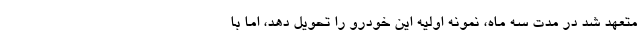
متعهد شد در مدت سه ماه، نمونه اولیه این خودرو را تحویل دهد، اما با